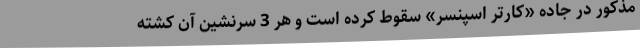
مذکور در جاده «کارتر اسپنسر» سقوط کرده است و هر 3 سرنشین آن کشته